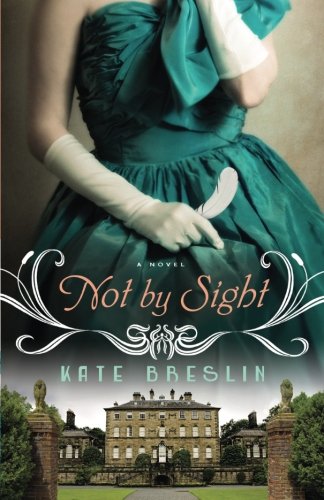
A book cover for Not by Sight; Kate Breslin; Romance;